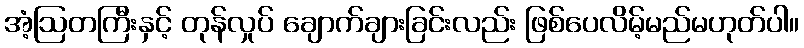
အံ့ဩတကြီးနှင့် တုန်လှုပ် ချောက်ချားခြင်းလည်း ဖြစ်ပေလိမ့်မည်မဟုတ်ပါ။